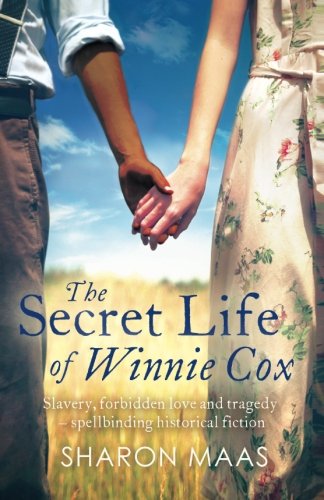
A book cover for The Secret Life of Winnie Cox: Slavery, forbidden love and tragedy - spellbinding historical fiction; Sharon Maas; Literature & Fiction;